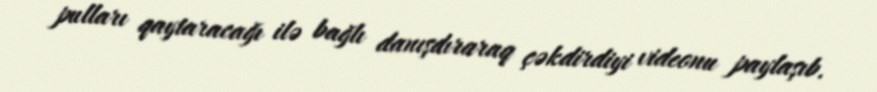
pulları qaytaracağı ilə bağlı danışdıraraq çəkdirdiyi videonu paylaşıb.